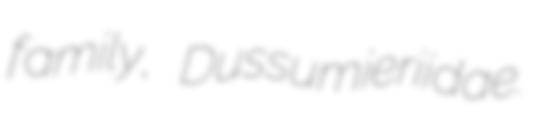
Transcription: family, Dussumieriidae.